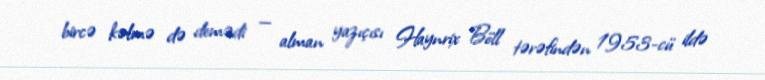
bircə kəlmə də demədi — alman yazıçısı Haynrix Böll tərəfindən 1953-cü ildə